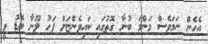
އެހެން ނަމަވެސް މަންމަ ބުނާ ގޮތުގައި ކައިވެންޏަށް ފަހު ލޫނާ ބޮޑު ވީ